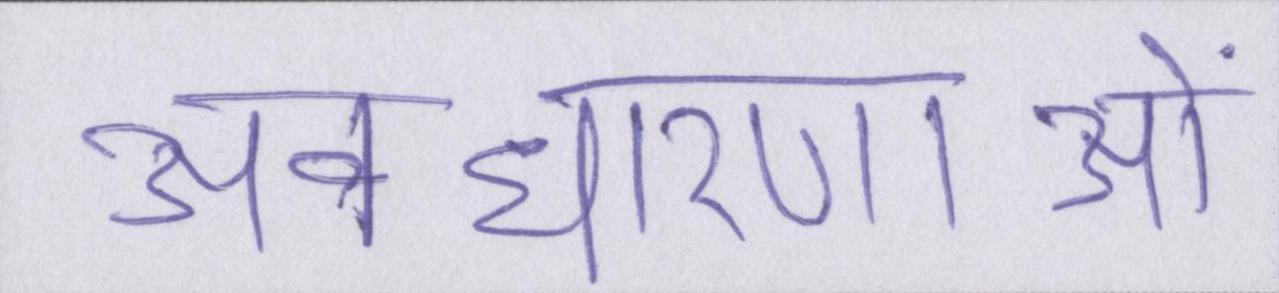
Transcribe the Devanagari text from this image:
अवधारणाओं